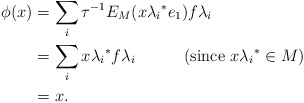
\begin{align*} \phi(x) & = \sum_i{\tau}^{-1}E_M(x{\lambda_i}^*e_1)f {\lambda_i}\\ & = \sum_i x{\lambda_i}^*f{\lambda_i}~~~~~~~~~(\textrm {since}~x{\lambda_i}^*\in M)\\ & = x.\end{align*}